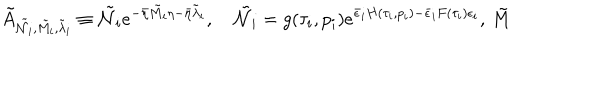
LaTeX: \tilde { A } _ { \tilde { \mathcal { N } } _ { i } , \tilde { M _ { i } } , \tilde { \lambda } _ { i } } \equiv \tilde { \mathcal { N } } _ { i } e ^ { - \bar { \eta } \tilde { M } _ { i } \eta - \bar { \eta } \tilde { \lambda } _ { i } } , \quad \tilde { \mathcal { N } } _ { i } = g ( \tau _ { i } , p _ { i } ) e ^ { \bar { \epsilon } _ { i } H ( \tau _ { i } , p _ { i } ) - \bar { \epsilon } _ { i } F ( \tau _ { i } ) \epsilon _ { i } } , \, \tilde { M }